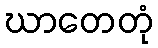
ဃာတေတုံ